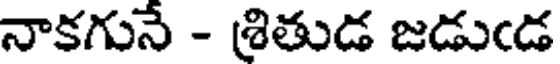
నాకగునే - శ్రితుడ జడుఁడ